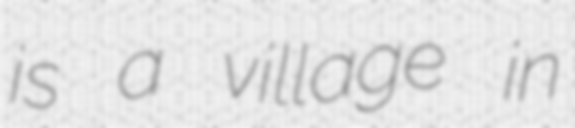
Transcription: is a village in